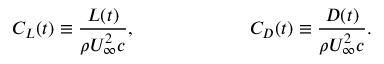
C _ { L } ( t ) \equiv \frac { L ( t ) } { \rho U _ { \infty } ^ { 2 } c } , ~ \ ~ \ ~ \ ~ \ ~ \ ~ \ ~ \ ~ \ ~ \ C _ { D } ( t ) \equiv \frac { D ( t ) } { \rho U _ { \infty } ^ { 2 } c } .